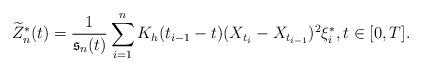
LaTeX: \begin{align*}\widetilde{Z}_n^*(t)=\frac{1}{\mathfrak{s}_n(t)}\sum_{i=1}^nK_h(t_{i-1}-t)(X_{t_{i}}-X_{t_{i-1}})^2\xi_i^*,t\in[0,T].\end{align*}